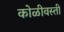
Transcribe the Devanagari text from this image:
कोळीवस्ती